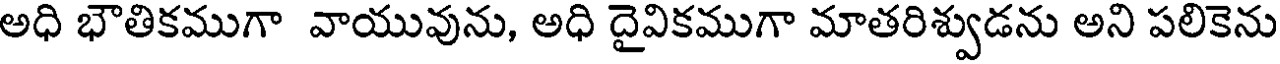
అధి భౌతికముగా వాయువును, అధి దైవికముగా మాతరిశ్వుడను అని పలికెను